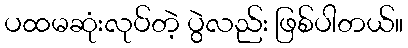
ပထမဆုံးလုပ်တဲ့ ပွဲလည်း ဖြစ်ပါတယ်။